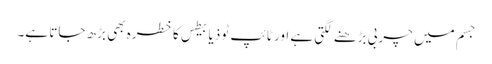
جسم میں چربی بڑھنے لگتی ہے اور ٹائپ ٹو ذیابیطس کا خطرہ بھی بڑھ جاتا ہے۔